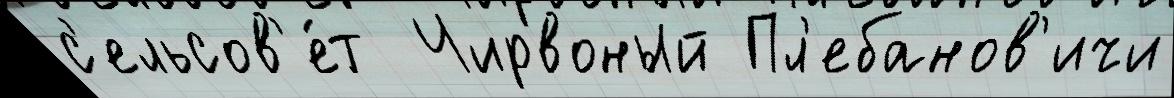
с'ельсов'е́т  Чирвоный Пл'ебанов'ичи